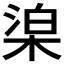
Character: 𣓬